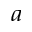
^ a